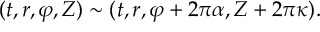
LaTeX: ( t , r , \varphi , Z ) \sim ( t , r , \varphi + 2 \pi \alpha , Z + 2 \pi \kappa ) .